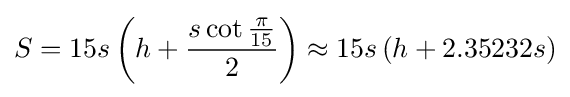
S=15s\left(h+{\frac {s\cot {\frac {\pi }{15}}}{2}}\right)\approx 15s\left(h+2.35232s\right)